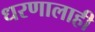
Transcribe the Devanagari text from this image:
धरणालाही